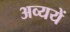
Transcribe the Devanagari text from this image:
अव्ययें